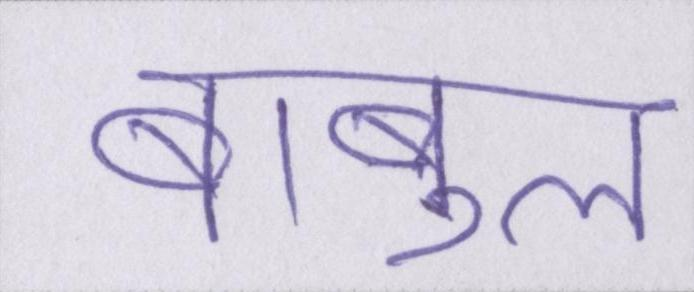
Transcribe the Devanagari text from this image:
बाबुल